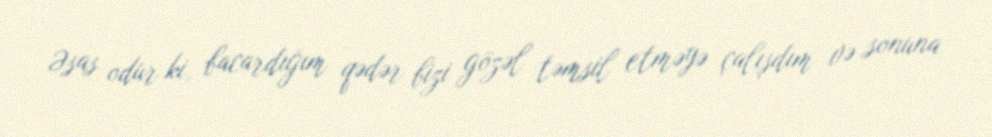
Əsas odur ki, bacardığım qədər bizi gözəl təmsil etməyə çalışdım və sonuna